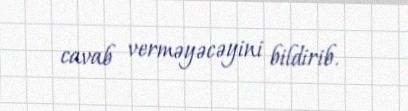
cavab verməyəcəyini bildirib.